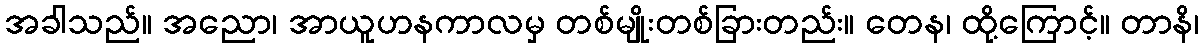
အခါသည်။ အညော၊ အာယူဟနကာလမှ တစ်မျိုးတစ်ခြားတည်း။ တေန၊ ထို့ကြောင့်။ တာနိ၊